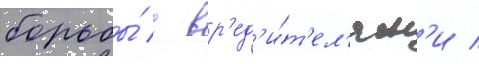
борьбы́ с вр'ед'и́т'ел'ям'и /